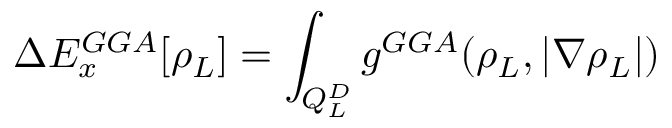
\Delta E _ { x } ^ { G G A } [ \rho _ { L } ] = \int _ { Q _ { L } ^ { D } } g ^ { G G A } ( \rho _ { L } , | \nabla \rho _ { L } | )